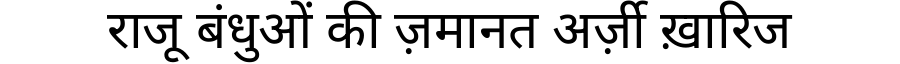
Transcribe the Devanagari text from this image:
राजू बंधुओं की ज़मानत अर्ज़ी ख़ारिज